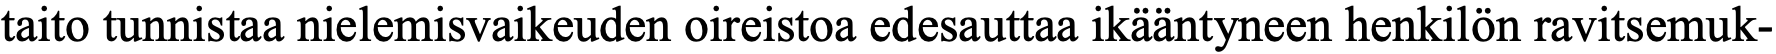
taito tunnistaa nielemisvaikeuden oireistoa edesauttaa ikääntyneen henkilön ravitsemuk-